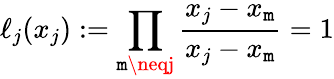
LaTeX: \ell_{j}(x_{j}):=\prod_{\mathtt{m}\neqj}{\frac{{x_{j}-x_{\mathtt{m}}}}{{x_{j}-x_{\mathtt{m}}}}}=1